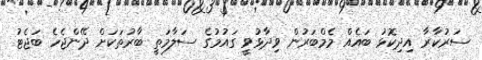
ސަރުކާރާ އިދިކޮޅު ބައެއް މެމްބަރުން ވިދާޅުވީ ގައުމުގެ ސަލާމަތީ ބާރުތަކަށް ދޭންޖެހެ ބަޖެޓު